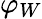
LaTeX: \varphi_{W}